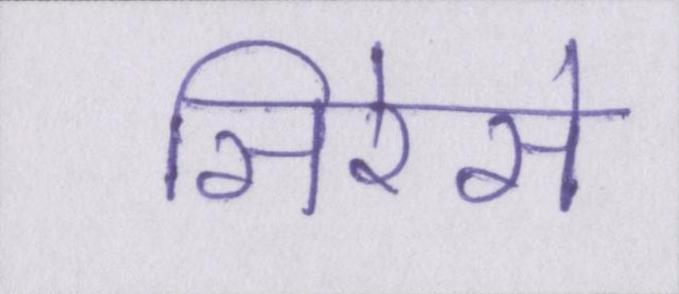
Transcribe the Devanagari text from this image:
सिरेसे